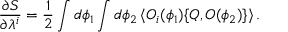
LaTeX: \frac { \partial { \cal S } } { \partial \lambda ^ { i } } = \frac { 1 } { 2 } \int d \phi _ { 1 } \int d \phi _ { 2 } \, \langle { \cal O } _ { i } ( \phi _ { 1 } ) \{ Q , { \cal O } ( \phi _ { 2 } ) \} \rangle \, .